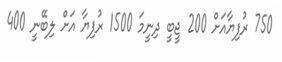
750 ރުފިޔާއަށް 200 ޖީބީ ދިނީމަ 1500 ރުފިޔާ އަށް ލިބޭނީ 400